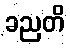
ခညတိ